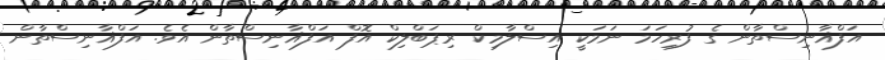
އަފްޣާނިސްތާން ގެ ފުރިހަމަ ނަމަކީ އިސްލާމިކް ރިޕަބްލިކް އޮފް އަފްޣާނިސްތާން އެވެ. އަފްޣާނިސްތާން